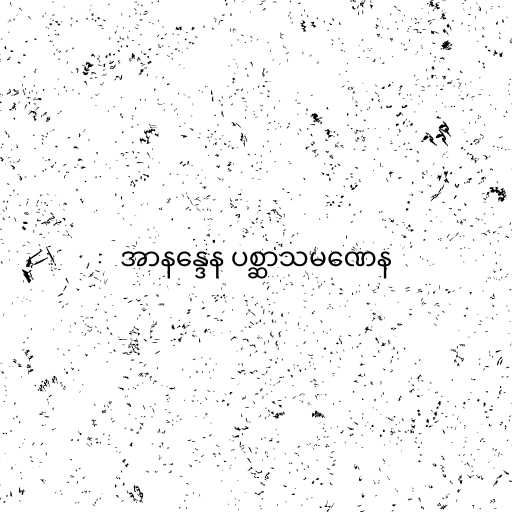
အာနန္ဒေန ပစ္ဆာသမဏေန